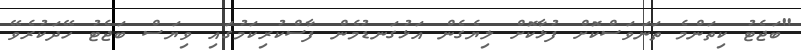
"ބަޖެޓު ކިތަންމެ ތަނަވަސްކޮށް ފުޅާކޮށް ލިޔެގެން އަޅުގަނޑުމެން ފާސްކުރިކަމުގައި ވިޔަސް ބަޖެޓު ހޭދަކުރެވޭ